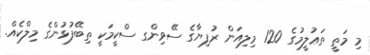
މި މަތީ ތަޢުލީމުގެ 120 މިލިއަން ރުފިޔާގެ ސޭވިންގ ސްކީމަކީ ތިބޭފުޅުންގެ މިލްކެއް.